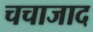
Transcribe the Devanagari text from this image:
चचाजाद